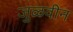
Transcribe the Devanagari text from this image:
जुळवीन